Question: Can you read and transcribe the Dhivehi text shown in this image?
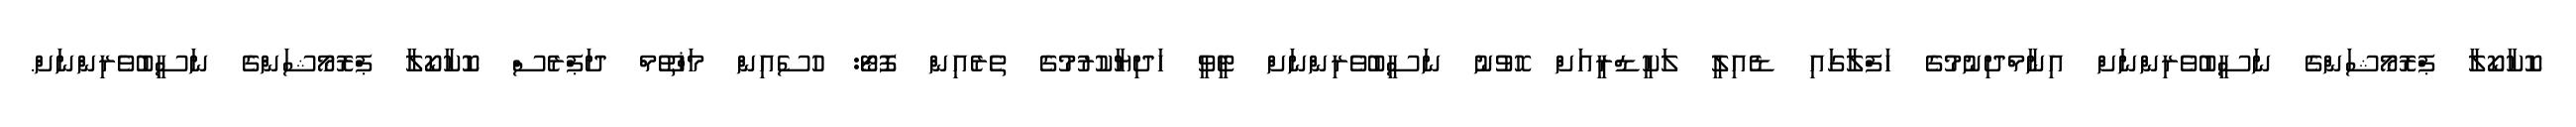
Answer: ކޮކާކޯލާ ޕްރޮމޯޝަންގެ ނަސީބުވެރިންނަށް އިނާމްދިނުމުގެ ހަފްލާގައި ޑެއިލީ ލަކީޑްރީއަށް ހޮވުނު ނަސީބުވެރިންނަށް ޓީވީ ހަދިޔާކުރުމުގެ ތެރެއިން ފޮޓޯ: ހުސެއިން މަޚްތޫމް ދަޕްރެސް ކޮކާކޯލާ ޕްރޮމޯޝަންގެ ނަސީބުވެރިންނަށް.